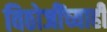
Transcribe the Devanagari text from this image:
विठोजींच्याही